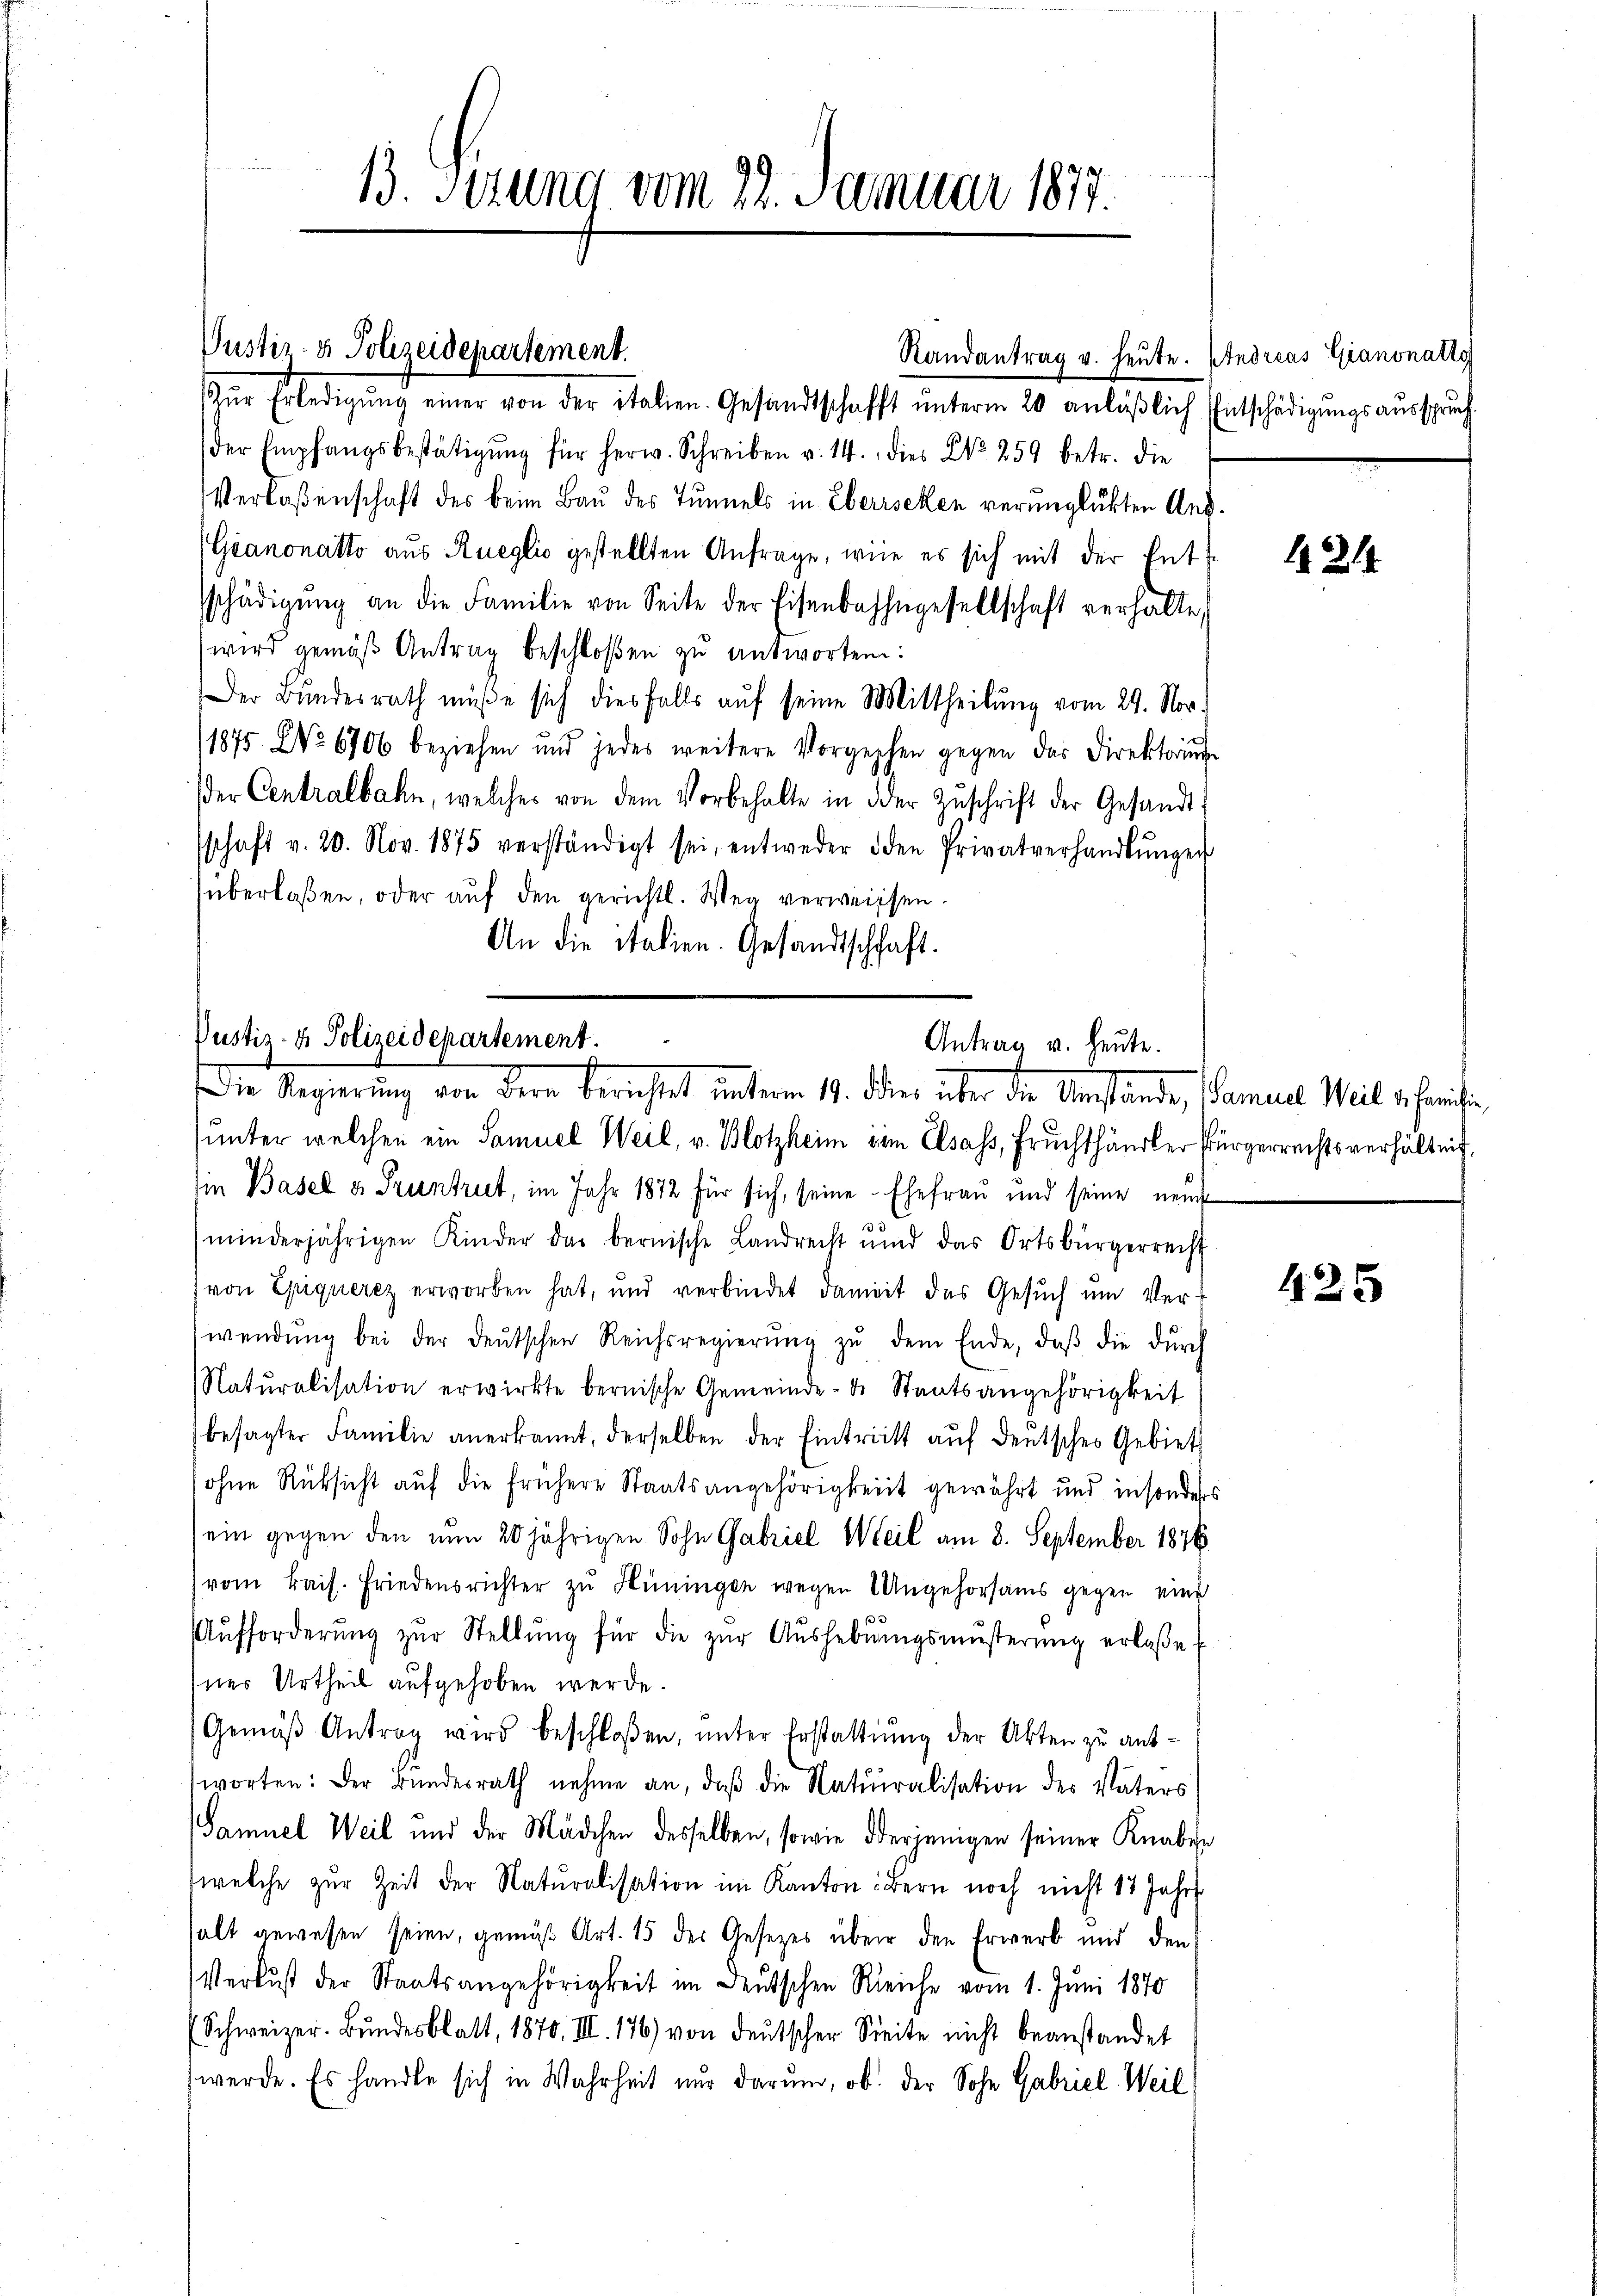
B. sezung vom 22. Januar 1877.

Pustiz- & Polizeidepartement.
Randantrag v. heute. Andreas Giannatto
Zŭr Erledigŭng einer von der italien. Gesandtschafft ŭnterm 20 anläßlich
der Empfangsbestätigŭng für herw. Schreiben v. 14. dies No. 259 betr. die
Verlaßenschaft des beim Bau des Tunnels in Eberischen verunglükten Ans
(Gianonatto aus Rueglio gestellten Anfrage, wie es sich mit der Entsschädigŭng an die Familie von Seite der Eisenbahngesellschaft verhalte,
wird gemäß Antrag beschloßen zu antworten:
Der Bŭndesrath müße sich diesfalls aŭf seine Mittheilŭng vom 29. Nov.
1875 No 6706 beziehen und jedes weitere Vorgeschen gegen das Direktoriŭm
der Centralbahn, welches von dem Vorbehalte in der Zŭschrift der Gesandt
schaft v. 20. Nov. 1875 verständigt sei, entweder den Privatverhandlŭngen
überlaßen, oder auf den gerichtl. Weg verweissen.
An die italien. Gesandtschaft.
unter welchen ein Samuel Weil, v. Blotzheim vom Elsass, Fruchthändler Bürgerrechtsverhältnis.
in Basel v. Pruntrut, im Jahr 1872 für sich, seine Ehefrau und seine neue
minderjährigen Kinder das bernische Landrecht und das Ortsbürgerrecht
von Epiquerez erworben hat, und verbindet damit das Gesŭch ŭm Verwendŭng bei der deŭtschen Reichsregierŭng zŭ dem Ende, daβ die dŭrch
Natŭralisation erwirkte bernische Gemeinde- u. Staatsangehörigkeit
besagter Familie anerkannt, derselben der Eintritt aŭf deŭtsches Gebiet
ohne Rüksicht auf die frühere Staatsangehörigkeit gewährt und insonders
ein gegen den nun 20 jährigen Sohn Gabriel Weil am 8. September 1876
vom kais. Friedensrichter zŭ Hüningen wegen Angehorsams gegen eine
Aŭfforderŭng zŭr Stellŭng für die zŭr Aŭshebŭngsmŭsterŭng erlasse f
hnes Urtheil aufgehoben werde.
Gemäβ Antrag wird beschloßen, unter Erstattung der Akten zu antworten: Der Bŭndesrath nehme an, daβ die Natŭralisation des Vaters
Samuel Weil und der Mädchen desselben, sowie derjenigen seiner Knaben
welche zŭr Zeit der Natŭralisation im Kanton Bern noch nicht 17 Jahr
halt gewesen seien, gemäß Art. 15 des Gesetzes über den Erwerb und den
Verlust der Staatsangehörigkeit im Deutschen Reiche vom 1. Juni 1870
(Schweizer. Bŭndesblatt, 1870. III. 176) von deŭtscher Seite nicht beanstandet
werde. Es handle sich in Wahrheit nur darum, ob der Sohn Gabriel Weil

Vustiz- & Polizeidepartement.
Antrag u. heute.
Die Regierung von der berichtet, unterm 14. Die über die Umstände, Samuel Weil gefreihe

Entschädigungsausspruch.

121

425